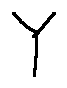
Y